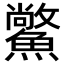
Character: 𩻪